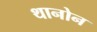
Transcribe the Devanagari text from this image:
थानोन